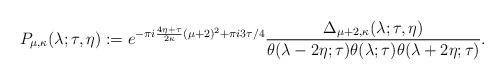
LaTeX: \begin{align*}P_{\mu, \kappa}(\lambda; \tau, \eta) := e^{-\pi i \frac{4\eta + \tau}{2\kappa}(\mu + 2)^2 + \pi i 3\tau/4} \frac{\Delta_{\mu + 2, \kappa}(\lambda; \tau, \eta)}{\theta(\lambda - 2\eta; \tau)\theta(\lambda; \tau)\theta(\lambda + 2\eta; \tau)}.\end{align*}